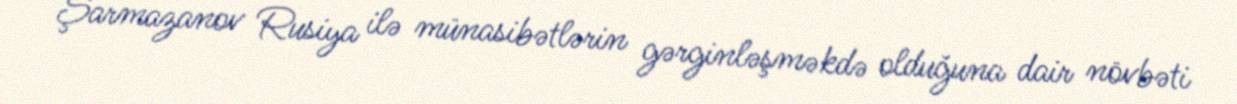
Şarmazanov Rusiya ilə münasibətlərin gərginləşməkdə olduğuna dair növbəti